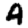
Digit: 4